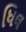
ધિલ